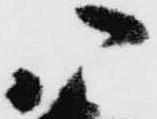
八